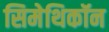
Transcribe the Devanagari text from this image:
सिमेथिकॉन